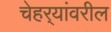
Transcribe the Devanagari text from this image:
चेहर्‍यांवरील